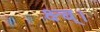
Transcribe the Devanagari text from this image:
क्ष्च्।